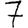
Digit: 7